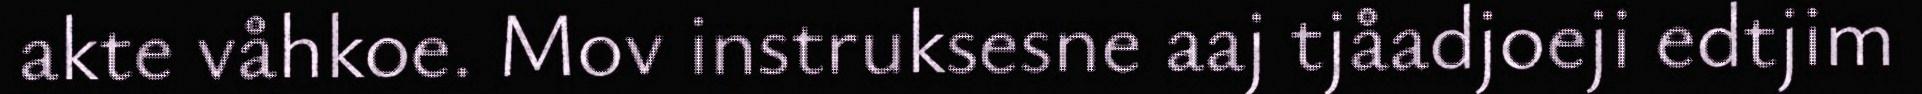
akte våhkoe. Mov instruksesne aaj tjåadjoeji edtjim